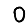
Digit: 0